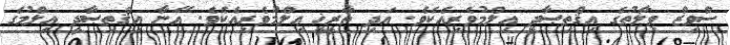
ސްވިޒް ވިލާތުގެ އިޤްތިޞާދީ ޢިލްމުވެރިއެކެވެ. އަދި ތާރީޚީ ޢިލްމުވެރިއެކެވެ. އޭނާ އިޤްތިޞާދީ ޢިލްމުގެ